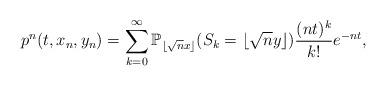
LaTeX: \begin{align*}p^n(t,x_n,y_n)=\sum_{k=0}^{\infty} \mathbb{P}_{\lfloor \sqrt{n}x \rfloor}(S_k=\lfloor \sqrt{n} y \rfloor ) \frac{(nt)^{k}}{k!}e^{-nt}, \end{align*}